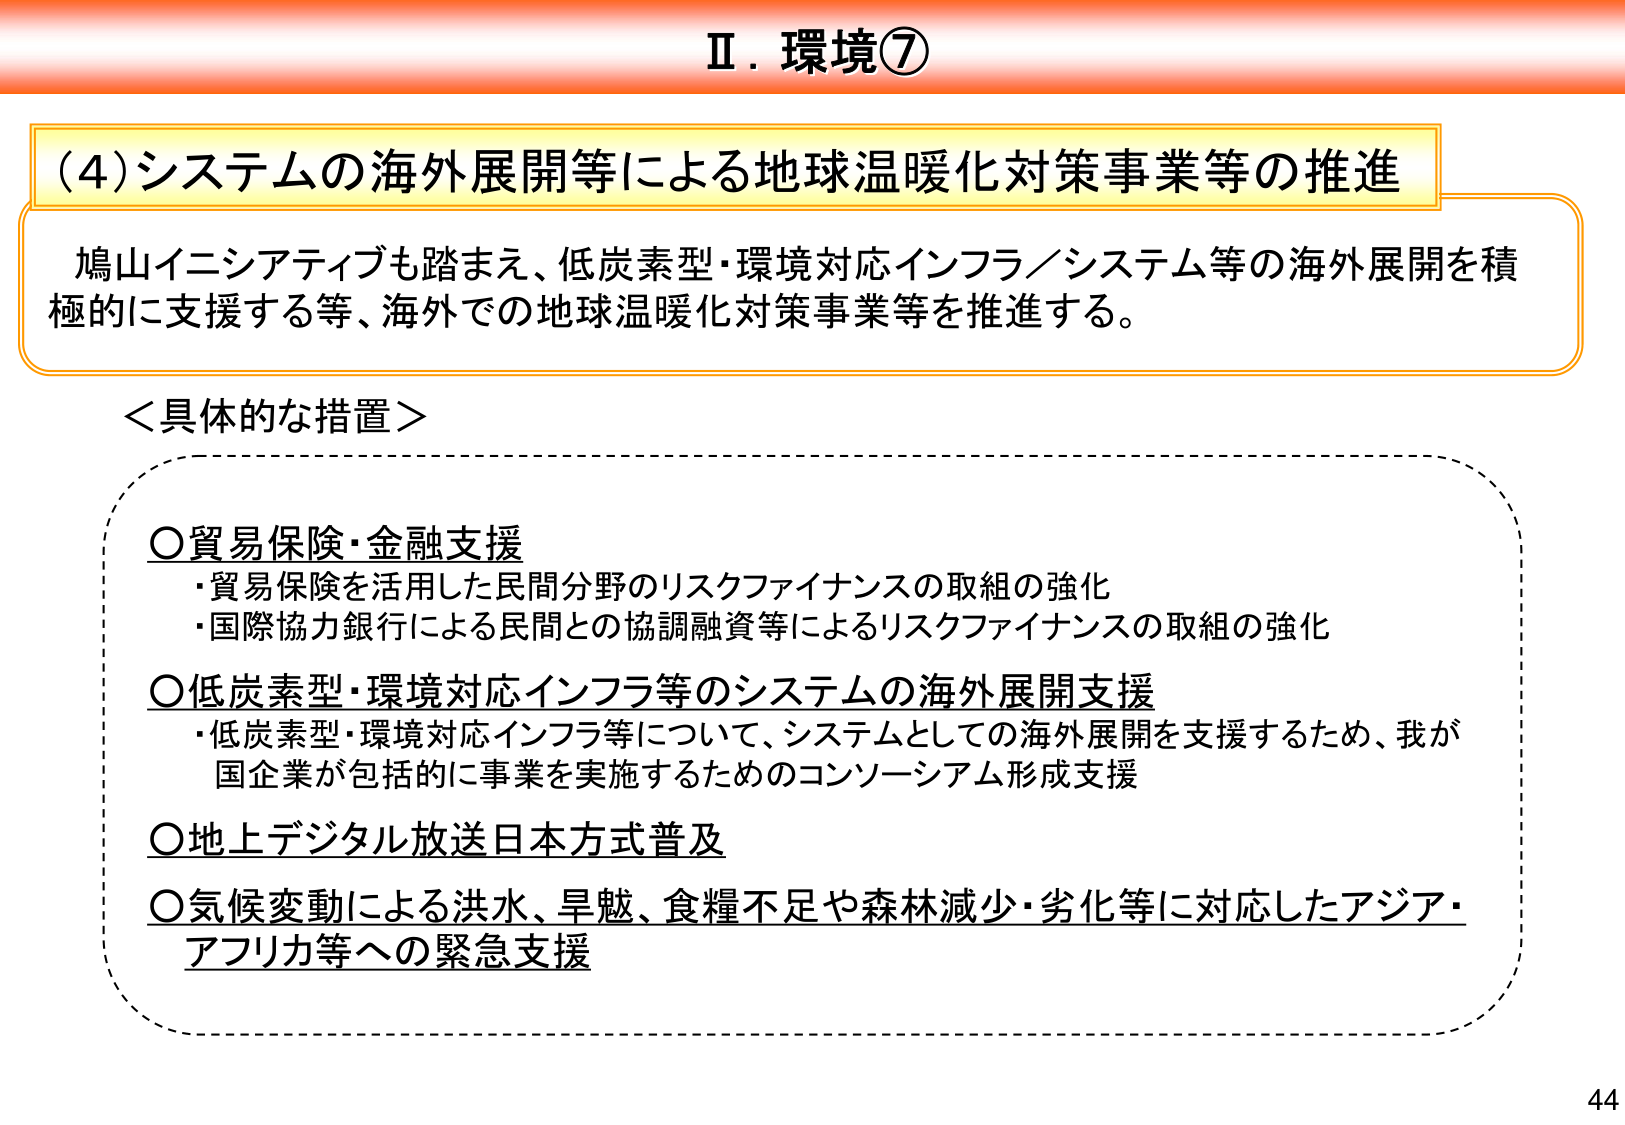
Ⅱ．環境⑦

（4）システムの海外展開等による地球温暖化対策事業等の推進

鳩山イニシアティブも踏まえ、低炭素型・環境対応インフラ／システム等の海外展開を積極的に支援する等、海外での地球温暖化対策事業等を推進する。

＜具体的な措置＞

○貿易保険・金融支援
・貿易保険を活用した民間分野のリスクファイナンスの取組の強化
・国際協力銀行による民間との協調融資等によるリスクファイナンスの取組の強化

○低炭素型・環境対応インフラ等のシステムの海外展開支援
・低炭素型・環境対応インフラ等について、システムとしての海外展開を支援するため、我が国企業が包括的に事業を実施するためのコンソーシアム形成支援

○地上デジタル放送日本方式普及

○気候変動による洪水、旱魃、食糧不足や森林減少・劣化等に対応したアジア・アフリカ等への緊急支援

44